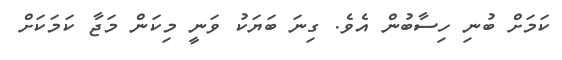
ކަމަށް ބުނި ހިސާބުން އެވެ. ގިނަ ބަޔަކު ވަނީ މިކަން މަޖާ ކަމަކަށް